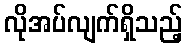
လိုအပ်လျက်ရှိသည့်